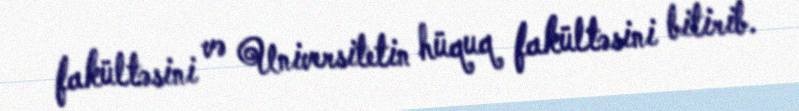
fakültəsini və Universitetin hüquq fakültəsini bitirib.